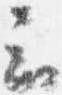
云